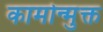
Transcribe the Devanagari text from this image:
कामोन्मुक्त